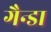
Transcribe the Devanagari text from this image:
गैन्डा